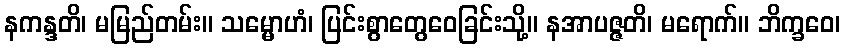
နကန္ဒတိ၊ မမြည်တမ်း။ သမ္မောဟံ၊ ပြင်းစွာတွေဝေခြင်းသို့။ နအာပဇ္ဇတိ၊ မရောက်။ ဘိက္ခဝေ၊